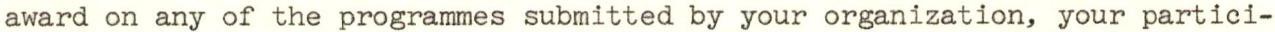
award on any of the programmes submitted by your organization, your partici-